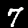
Digit: 7